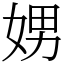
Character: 娚